Civil Veterinary Department Bengal reports 1933-51 - 1933-1951
Year: 1933
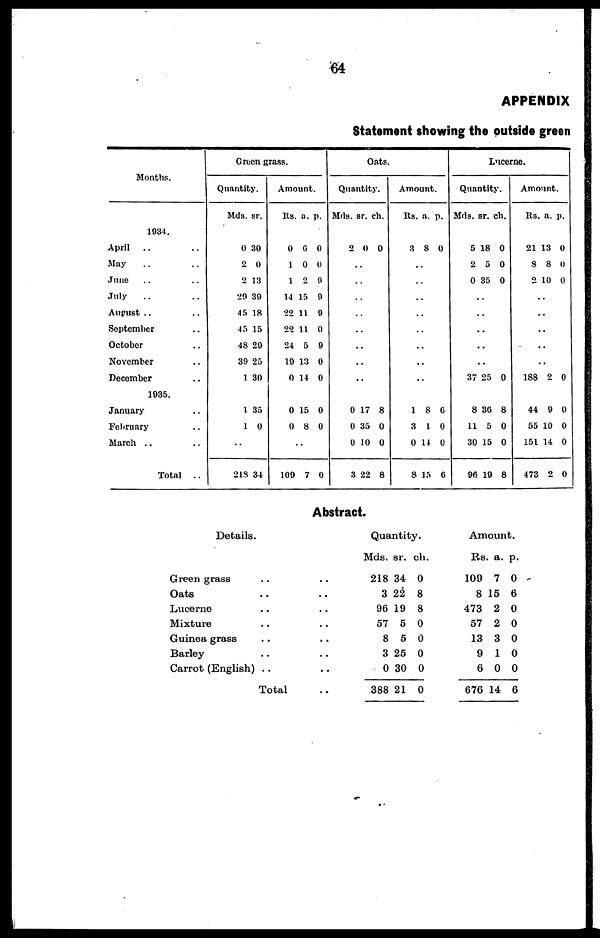
64
APPENDIX
Statement showing the outside green
Months.
1934.
April .. ..
May.. ..
June .. ..
July .. ..
Angust .. ..
Scptember ..
October ..
November ..
December ..
1935.
January ..
February ..
March ..
Total ..
Green grass.
Quantity.
Mds. sr.
0 30
2 0
2 13
29 39
45 18
45 15
48 29
39 25
1 30
1 35
1 0
..
218 34
Amount.
Rs. a. p.
0 6 0
1 0 0
1 2 9
14 15 9
22 11 9
22 11 0
24 5 9
19 13 0
0 14 0
0 15 0
0 8 0
..
109 7 0
Oats.
Quantity.
Mds. sr. ch.
2 0 0
..
..
..
..
..
..
..
..
0 17 8
0 35 0
0 10 0
3 22 8
Amount.
Rs. a. p.
3 8 0
..
..
..
..
..
..
..
..
1 8 0
3 1 0
0 14 0
8 15 6
Lucerne.
Quantity.
Mds. sr. ch.
5 18 0
2 5 0
0 35 0
..
..
..
..
..
37 25 0
8 30 8
11 5 0
30 15 0
96 19 8
Amount.
Rs. a. p.
21 13 0
9 8 0
2 10 0
..
..
..
..
..
188 2 0
44 9 0
55 10 0
151 14 0
473 2 0
Abstract.
Details.
Green grass ..
Oats .. ..
Lucerne .. ..
Mixture .. ..
Guinea grass .. ..
Barley .. ..
Carrot (English) .. ..
Total ..
Quantity.
Mds. sr. ch.
218 34 0
3 22 8
96 10 8
57 6 0
8 5 0
3 25 0
0 30 0
388 21 0
Amount.
Rs. a. p.
109 7 0
8 15 6
473 2 0
57 2 0
13 3 0
9 1 0
6 0 0
676 14 6